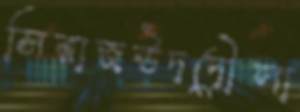
সিরাজউদদৌলা